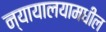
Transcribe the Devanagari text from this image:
न्यायालयामधील